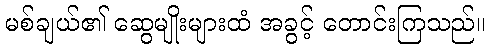
မစ်ချယ်၏ ဆွေမျိုးများထံ အခွင့် တောင်းကြသည်။